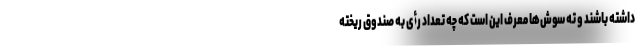
داشته باشند و ته سوش‌ها معرف این است که چه تعداد رأی به صندوق ریخته